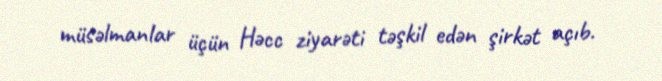
müsəlmanlar üçün Həcc ziyarəti təşkil edən şirkət açıb.